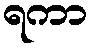
ရကာ